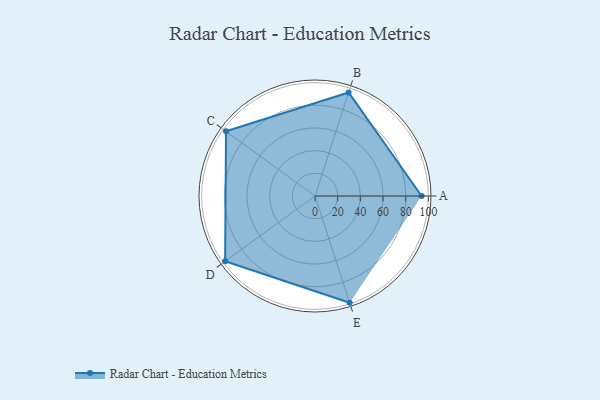
{"axis": {"x": "Skill", "y": "Score"}, "legend": ["Profile"], "data": [{"x": "A", "y": 94.0, "type": "Profile"}, {"x": "B", "y": 96.0, "type": "Profile"}, {"x": "C", "y": 97.0, "type": "Profile"}, {"x": "D", "y": 98.0, "type": "Profile"}, {"x": "E", "y": 99, "type": "Profile"}]}